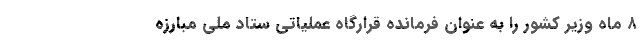
۸ ماه وزیر کشور را به عنوان فرمانده قرارگاه عملیاتی ستاد ملی مبارزه